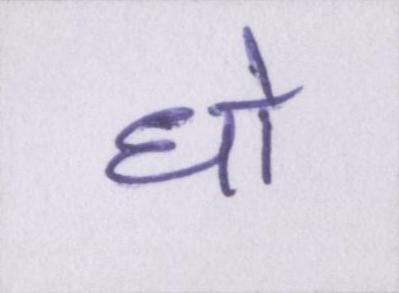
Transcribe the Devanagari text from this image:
धो